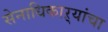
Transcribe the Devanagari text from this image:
सेनाधिकाऱ्यांचा